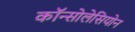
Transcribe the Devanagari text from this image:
कॉन्सोलेसियोन